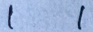
1 1